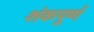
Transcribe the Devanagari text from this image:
शंकपूर्ण